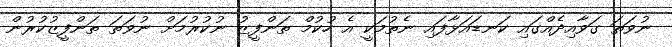
ނުވަތަ ގަވާއިދެއްގައި ކަނޑައަޅާފައި ނެތުމަކީ އެ ހުކުމް ތަންފީޒު ނުކުރުމަށް ނުވަތަ ތަންފީޒުކުރުން